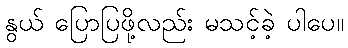
နွယ် ပြောပြဖို့လည်း မသင့်ခဲ့ ပါပေ။